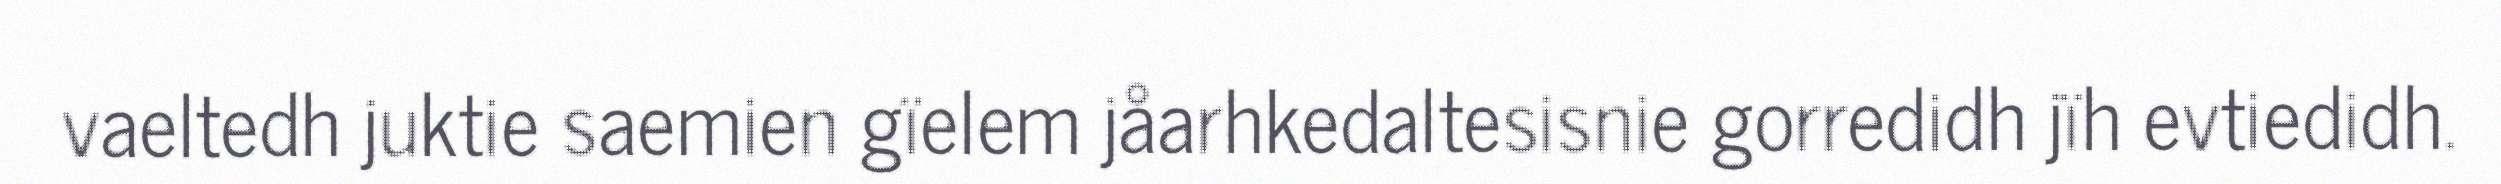
vaeltedh juktie saemien gïelem jåarhkedaltesisnie gorredidh jïh evtiedidh.